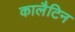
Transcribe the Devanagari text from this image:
कालैटिन